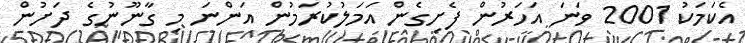
އެކަމަކު 2001 ވަނަ އަހަރުން ފެށިގެން އަމަލުކުރަމުން އަންނަ މި ގާނޫނުގެ ދަށުން